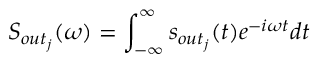
S _ { o u t _ { j } } ( \omega ) = \int _ { - \infty } ^ { \infty } s _ { o u t _ { j } } ( t ) e ^ { - i \omega t } d t